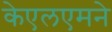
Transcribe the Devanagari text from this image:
केएलएमने